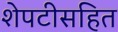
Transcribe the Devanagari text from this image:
शेपटीसहित